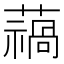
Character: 𮒓